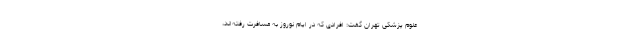
علوم پزشکی تهران گفت: افرادی که در ایام نوروز به مسافرت رفته‌اند،